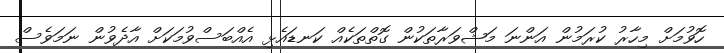
ހޮވުމަށް މިހާރު ކުރަމުން އަންނަ މަޝްވަރާތަކުން ގޮތްތަކެއް ކަނޑައެޅި އެއްބަސްވުމަކަށް އާދެވުން ނަމަވެސް